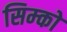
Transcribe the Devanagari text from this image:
सिम्को